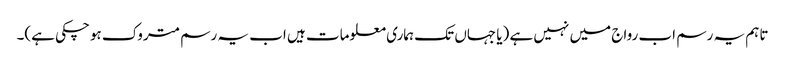
تاہم یہ رسم اب رواج میں نہیں ہے (یا جہاں تک ہماری معلومات ہیں اب یہ رسم متروک ہوچکی ہے)۔